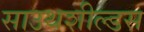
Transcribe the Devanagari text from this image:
साउथशील्डस